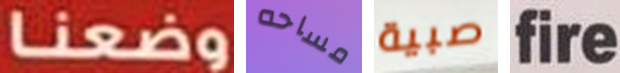
وضعنا مساحه صبية fire